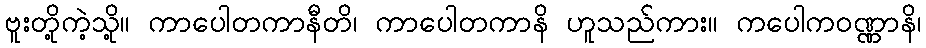
ဗူးတို့ကဲ့သို့။ ကာပေါတကာနီတိ၊ ကာပေါတကာနိ ဟူသည်ကား။ ကပေါကဝဏ္ဏာနိ၊